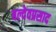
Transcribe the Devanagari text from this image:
बल्देवप्रसाद